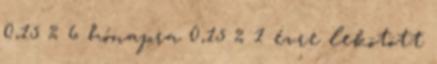
0,15 % 6 hónapra 0,15 % 1 évre lekötött